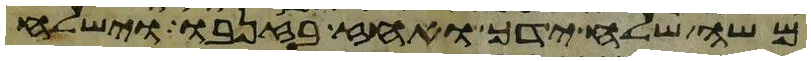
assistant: משה שלח ידך ואחז בזנבו וישלח